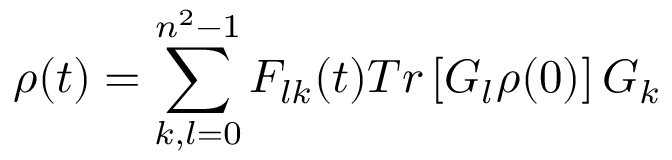
\rho ( t ) = \sum _ { k , l = 0 } ^ { { { n } ^ { 2 } } - 1 } { { { F } _ { l k } } } ( t ) T r \left[ { { G } _ { l } } \rho ( 0 ) \right] { { G } _ { k } }